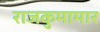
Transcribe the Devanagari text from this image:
राजकुमामार